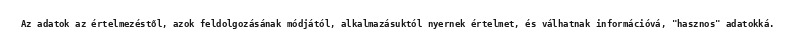
Az adatok az értelmezéstől, azok feldolgozásának módjától, alkalmazásuktól nyernek értelmet, és válhatnak információvá, "hasznos" adatokká.